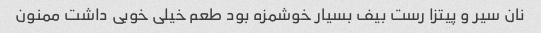
نان سیر و پیتزا رست بیف بسیار خوشمزه بود طعم خیلی خوبی داشت ممنون